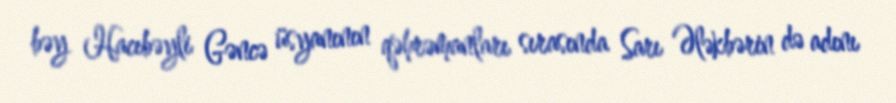
bəy Hacıbəyli Gəncə üsyanının qəhrəmanları sırasında Sarı Ələkbərin də adını